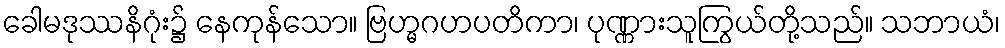
ခေါမဒုဿနိဂုံး၌ နေကုန်သော။ ဗြဟ္မဂဟပတိကာ၊ ပုဏ္ဏားသူကြွယ်တို့သည်။ သဘာယံ၊